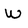
Character: W